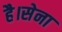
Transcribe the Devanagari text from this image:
है।सेना